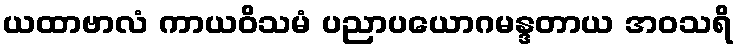
ယထာဗာလံ ကာယဝိသမံ ပညာပယောဂမန္ဒတာယ အဝသရိ